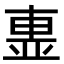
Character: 𣌽